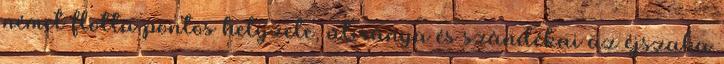
német flotta pontos helyzete, útiránya és szándékai az éjszaka